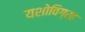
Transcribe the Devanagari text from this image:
यशोविग्रह